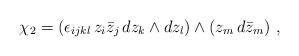
LaTeX: \begin{align*}\chi_2 = (\epsilon_{ijkl} \, z_i \bar{z}_j \, dz_k \wedge dz_l)\wedge (z_m \, d\bar{z}_m) \ ,\end{align*}